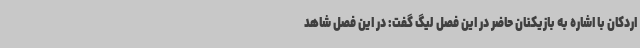
اردکان با اشاره به بازیکنان حاضر در این فصل لیگ گفت: در این فصل شاهد